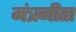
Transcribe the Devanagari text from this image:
मंत्रगीता